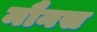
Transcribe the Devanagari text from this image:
मौनस